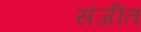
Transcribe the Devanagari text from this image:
संजीत